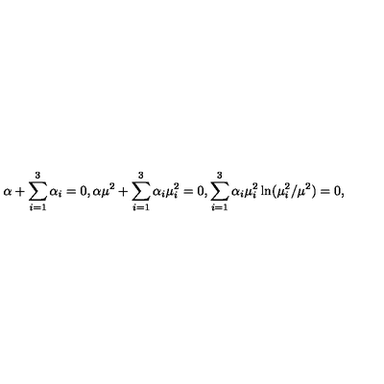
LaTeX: \alpha + \sum _ { i = 1 } ^ { 3 } \alpha _ { i } = 0 , \alpha \mu ^ { 2 } + \sum _ { i = 1 } ^ { 3 } \alpha _ { i } \mu _ { i } ^ { 2 } = 0 , \sum _ { i = 1 } ^ { 3 } \alpha _ { i } \mu _ { i } ^ { 2 } \ln ( \mu _ { i } ^ { 2 } / \mu ^ { 2 } ) = 0 ,